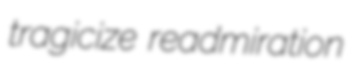
tragicize readmiration